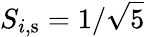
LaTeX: S_{i,\mathrm{s}}=1/\sqrt{5}